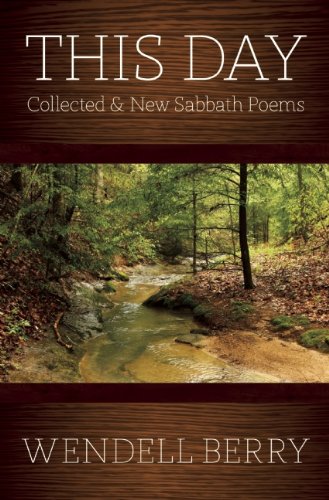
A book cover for This Day: Collected & New Sabbath Poems; Wendell Berry; Literature & Fiction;